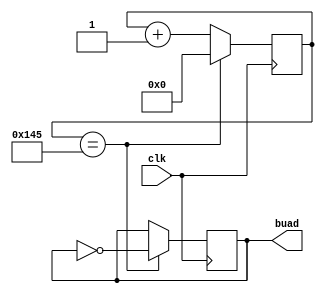
`timescale 1ns / 1ps
//////////////////////////////////////////////////////////////////////////////////
// Company: 
// Engineer: 
// 
// Design Name: 
// Module Name: buadGenerator
// Project Name: 
// Target Devices: 
// Tool Versions: 
// Description: 
// 
// Dependencies: 
// 
// Revision:
// Revision 0.01 - File Created
// Additional Comments:
// 
//////////////////////////////////////////////////////////////////////////////////


module buadGenerator(
        output reg buad,
        input clk

    );
    
    reg [8:0] counter;
    always@(posedge clk) begin
        // @baud rate 9600 sampling rate 16
        if (counter == 9'd325) begin
            counter <= 0;
            buad = ~buad;
        end 
        else
            counter <= counter + 1;
    
    end
    
endmodule